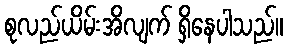
စုလည်ယိမ်းအိလျက် ရှိနေပါသည်။